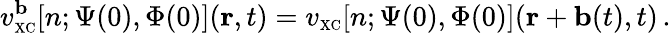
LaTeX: v_{\scriptscriptstyle\mathrm{XC}}^{\mathbf b}[n;\Psi(0),\Phi(0)]({\mathbf r},t)=v_{\scriptscriptstyle\mathrm{XC}}[n;\Psi(0),\Phi(0)]({\mathbf r}+{\mathbf b}(t),t)\, .